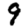
Digit: 9